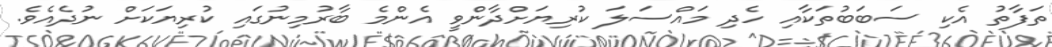
ތަފާތު އެކި ސަބަބުތަކާއި ހެދި މައްސަލަ ކުރިޔަށްދާންވީ އެންމެ ބާރުމިނުގައި ކުރިޔަކަށް ނުދެއެވެ.